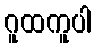
ဂူထကူပါ